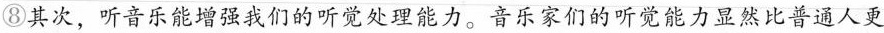
⑧其次，听音乐能增强我们的听觉处理能力。音乐家们的听觉能力显然比普通人更